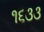
૧૬૩૩